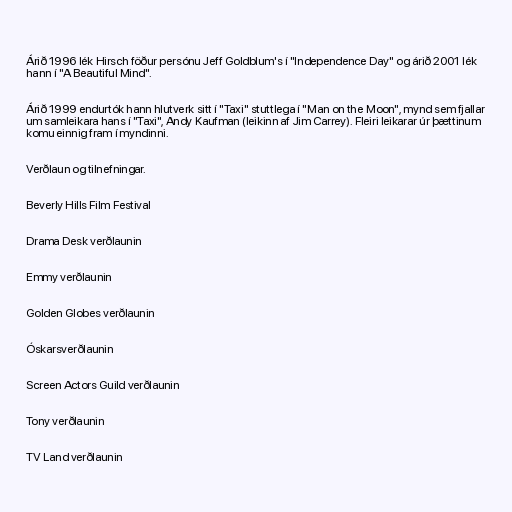
Árið 1996 lék Hirsch föður persónu Jeff Goldblum's í "Independence Day" og árið 2001 lék
hann í "A Beautiful Mind".

Árið 1999 endurtók hann hlutverk sitt í "Taxi" stuttlega í "Man on the Moon", mynd sem fjallar
um samleikara hans í "Taxi", Andy Kaufman (leikinn af Jim Carrey). Fleiri leikarar úr þættinum
komu einnig fram í myndinni.

Verðlaun og tilnefningar.

Beverly Hills Film Festival

Drama Desk verðlaunin

Emmy verðlaunin

Golden Globes verðlaunin

Óskarsverðlaunin

Screen Actors Guild verðlaunin

Tony verðlaunin

TV Land verðlaunin